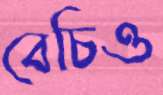
বেচিও